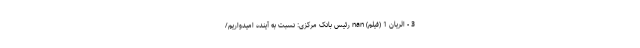
3 - الریان 1 (فیلم) nan رئیس بانک مرکزی: نسبت به آینده امیدواریم/